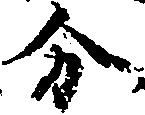
分